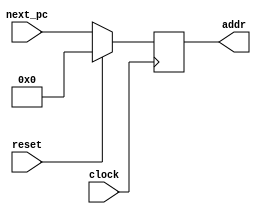
`timescale 1ns / 1ps
module PC(addr,next_pc,clock,reset);
    output[31:0]addr;
    input [31:0]next_pc;
    input clock,reset;
    reg[31:0] pc;
    assign addr=pc;
    always@(posedge clock)
    begin
        pc=reset? 0:next_pc;
    end
    initial
        pc=0;

endmodule